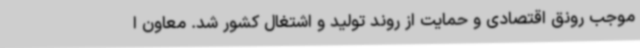
موجب رونق اقتصادی و حمایت از روند تولید و اشتغال کشور شد. معاون ا